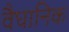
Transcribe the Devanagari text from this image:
वैघानिक